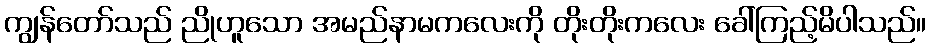
ကျွန်တော်သည် ညိုဟူသော အမည်နာမကလေးကို တိုးတိုးကလေး ခေါ်ကြည့်မိပါသည်။